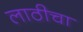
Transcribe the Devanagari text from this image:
लाठीचा